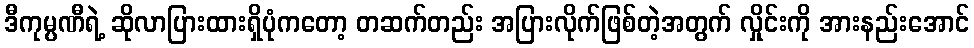
ဒီကုမ္ပဏီရဲ့ ဆိုလာပြားထားရှိပုံကတော့ တဆက်တည်း အပြားလိုက်ဖြစ်တဲ့အတွက် လှိုင်းကို အားနည်းအောင်